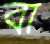
বা